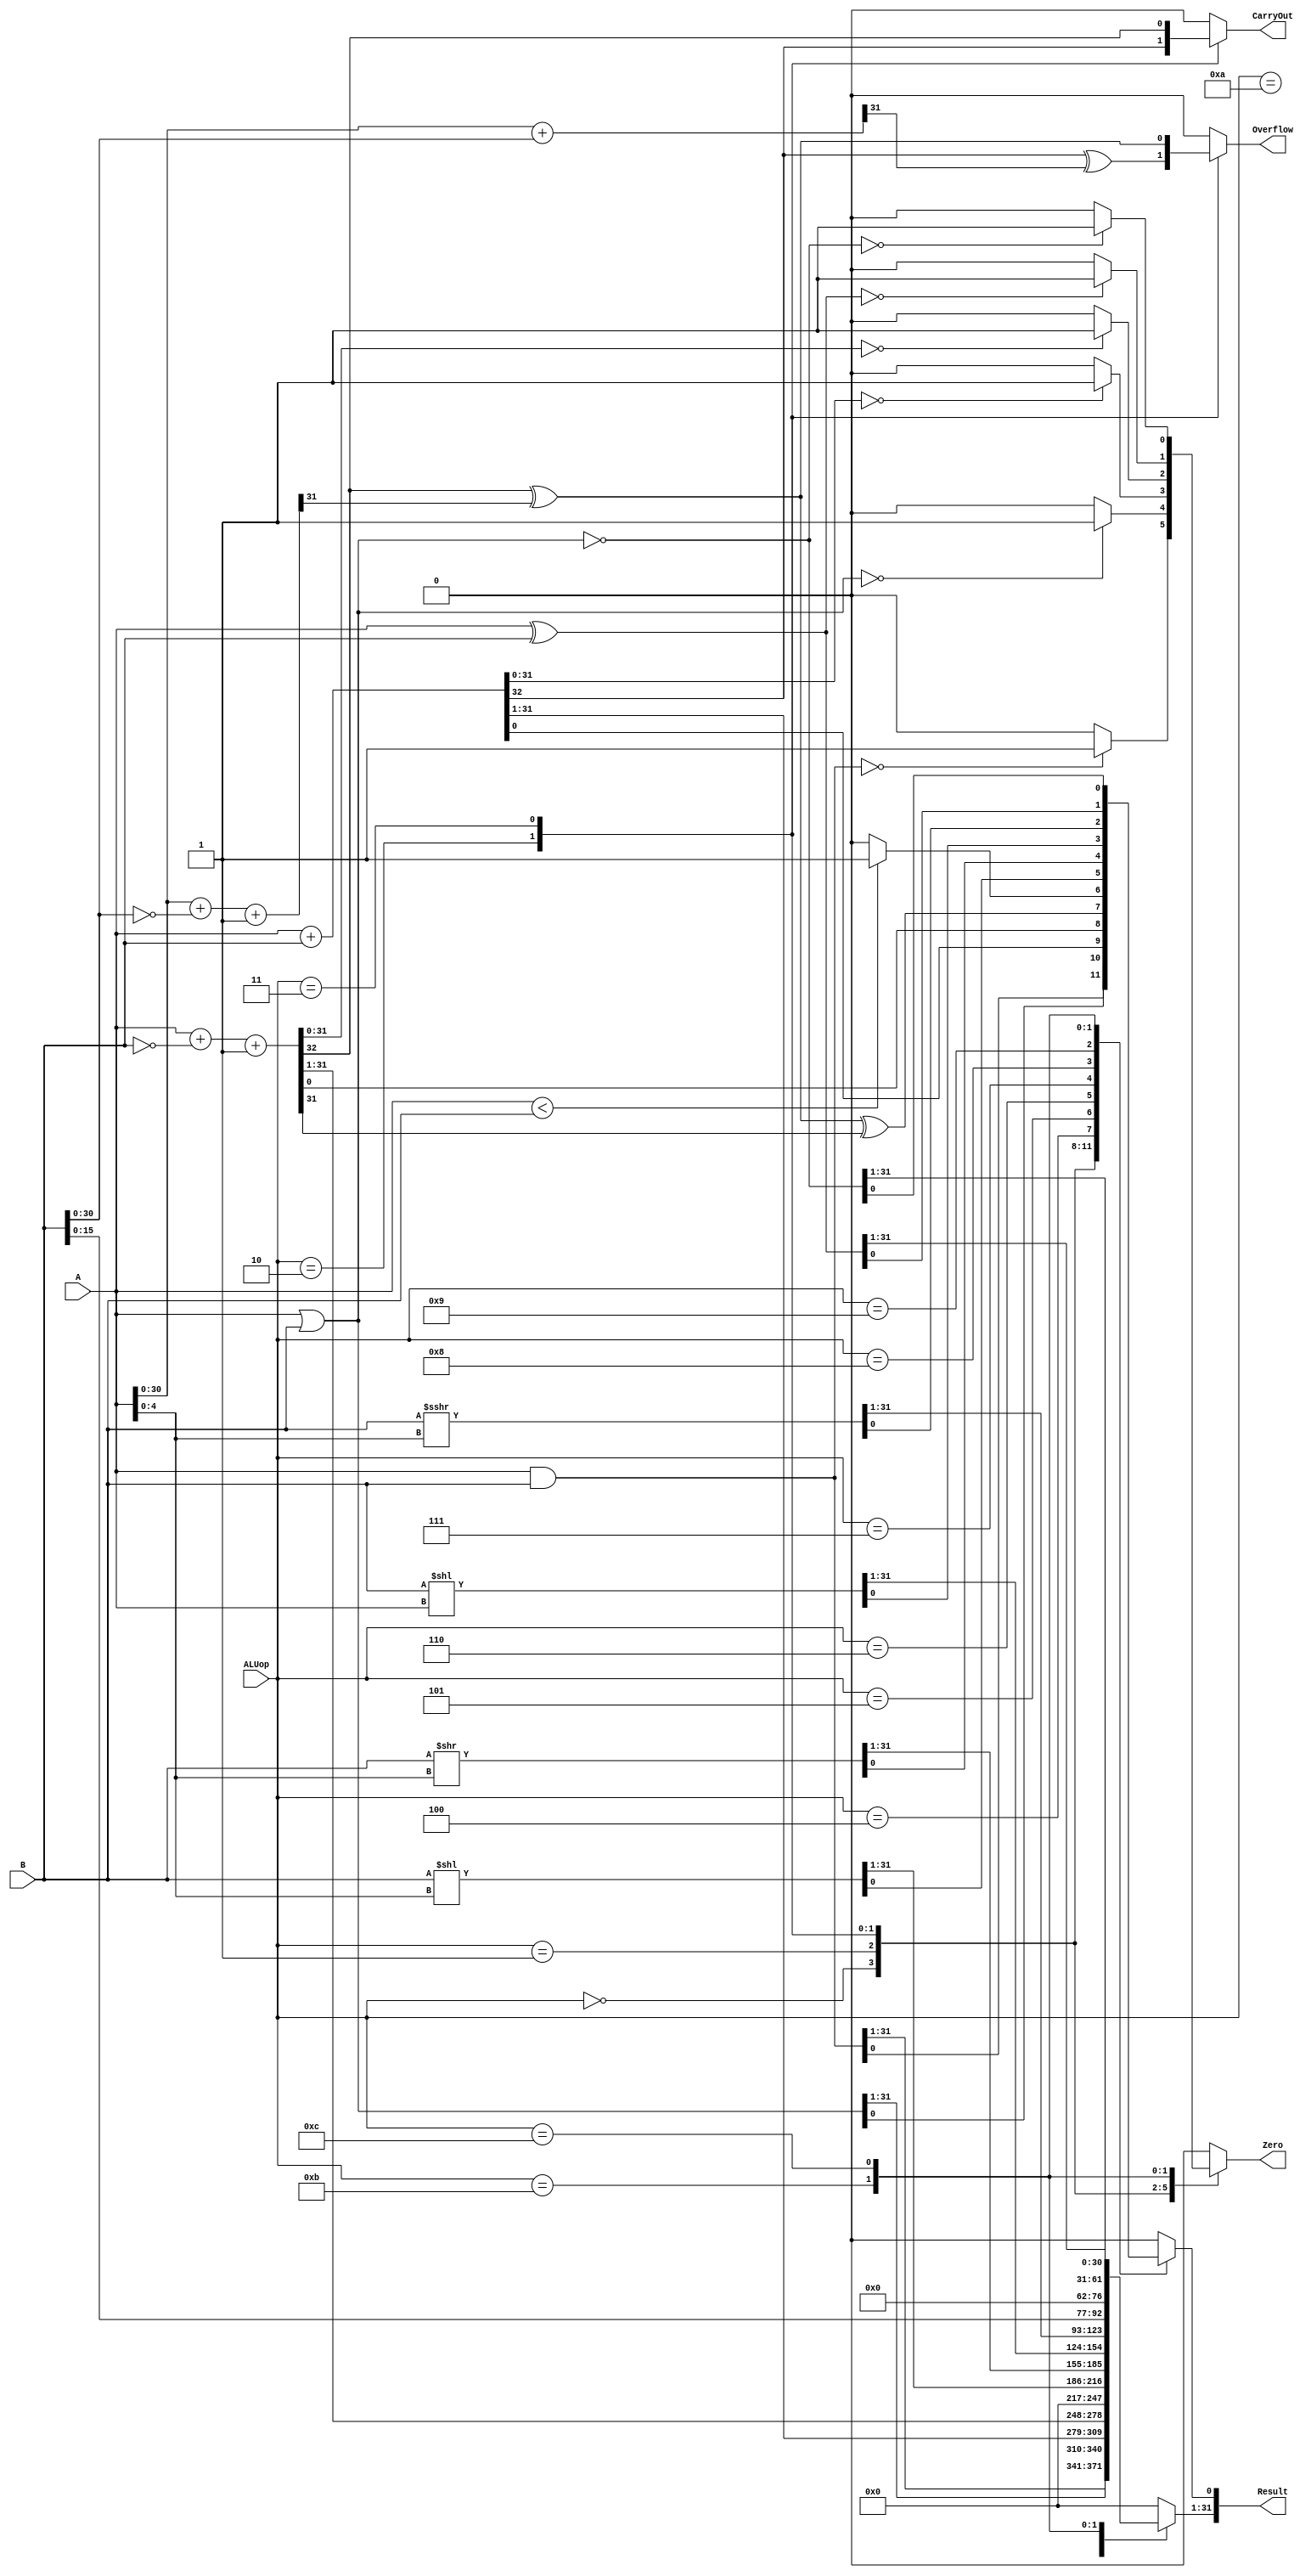

`define DATA_WIDTH 32
`timescale 10ns / 1ns

module alu(
	input [`DATA_WIDTH - 1:0] A,
	input [`DATA_WIDTH - 1:0] B,
	input [3:0] ALUop,
	output reg Overflow,
	output reg CarryOut,
	output reg Zero,
	output reg [`DATA_WIDTH - 1:0] Result
);
parameter AND  = 4'b0000;
parameter OR   = 4'b0001;
parameter ADD  = 4'b0010;
parameter SUB  = 4'b0011;
parameter SLT  = 4'b0100;
parameter SLTU = 4'b0101;
parameter SLL  = 4'b0110;
parameter SRL  = 4'b0111;
parameter SAL  = 4'b1000;
parameter SRA  = 4'b1001;
parameter LUI  = 4'b1010;
parameter XOR  = 4'b1011;
parameter NOR  = 4'b1100;

reg carryout_low;
reg [`DATA_WIDTH - 2:0] result_low;


always @(A or B or ALUop)
begin
case (ALUop)
    AND:
    begin
    Result = A & B;
      Zero = (Result == 0) ? 1 :  0;
      Overflow = 0;
      CarryOut = 0;
    end
 
    OR:
    begin
      Result = A | B;
      Zero = (Result == 0) ? 1 :  0;  
      Overflow = 0;
      CarryOut = 0;
    end
   
    ADD:
    begin
    {CarryOut,Result }= A + B;
     {carryout_low,result_low} = A[`DATA_WIDTH - 2:0] +B[`DATA_WIDTH - 2:0] ;
      Zero = (Result == 0) ? 1 :  0;
    Overflow = CarryOut ^ carryout_low;
    end

    SUB:
    begin
  {CarryOut, Result} = A + ~B +1;
   {carryout_low,result_low} = A[`DATA_WIDTH - 2:0] +~B[`DATA_WIDTH - 2:0]+1 ;
    Overflow = CarryOut ^ carryout_low;
    Zero = (Result == 0) ? 1 :  0;
    end
   
    SLT:
    begin
    {CarryOut, Result} = A + ~B +1;
     {carryout_low,result_low} = A[`DATA_WIDTH - 2:0] +~B[`DATA_WIDTH - 2:0]+1 ;
     Overflow = CarryOut ^ carryout_low;
    Result [0] = Overflow ^ Result[`DATA_WIDTH-1];
    Result [`DATA_WIDTH-1:1] = 0; 
    Zero = 0;
    CarryOut = 0;
    Overflow = 0;
    end
    
    SLTU:
    begin
    Result = (A<B)? 1 : 0;
    Zero = 0;
    CarryOut = 0;
    Overflow = 0;
    end
    
    SLL:
    begin
    Result = B<<A[4:0];
    Zero = 0;
    CarryOut = 0;
    Overflow = 0;
    end

    SRL:
    begin
    Result = B>>A[4:0];
    Zero = 0;
    CarryOut = 0;
    Overflow = 0;
    end

    SAL:
    begin
    Result = B<<A;
    Zero = 0;
    CarryOut = 0;
    Overflow = 0;
    end

    SRA:
    begin
    Result = $signed(B)>>>A[4:0];
    Zero = 0;
    CarryOut = 0;
    Overflow = 0;
    end

    LUI:
    begin
    Result = {B[15:0],16'd0};
    Zero = 0;
    CarryOut = 0;
    Overflow = 0;
    end

    XOR:
    begin
    Result = A ^ B;
    Zero = (Result==0)? 1:0;
    CarryOut = 0;
    Overflow = 0;
    end

    NOR:
    begin
    Result = ~(A | B);
    Zero = (Result==0)? 1:0;
    CarryOut = 0;
    Overflow = 0;
    end

    default:
    begin
    Zero = 0;
    CarryOut = 0;
    Overflow = 0;
    Result = 0;
    end
endcase     
end

endmodule